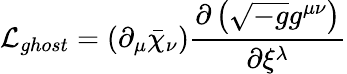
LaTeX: {\cal L}_{ghost}=\left(\partial_{\mu}\bar{\chi}_{\nu}\right)\frac{\partial\left(\sqrt{-g}g^{\mu\nu}\right)}{\partial\xi^{\lambda}}